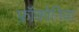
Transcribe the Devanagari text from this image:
फ्रॉंकोनिया